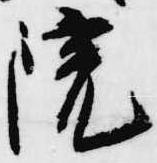
院